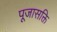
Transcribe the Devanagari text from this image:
पूजासक्ति